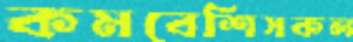
কমবেশিসকল